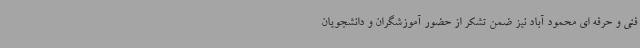
فنی و حرفه ای محمود آباد نیز ضمن تشکر از حضور آموزشگران و دانشجویان